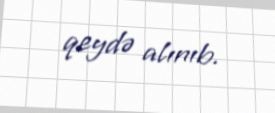
qeydə alınıb.